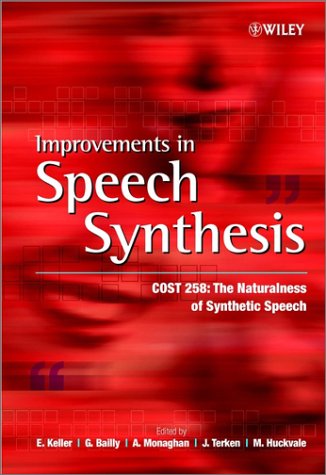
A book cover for Improvements in Speech Synthesis; Computers & Technology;